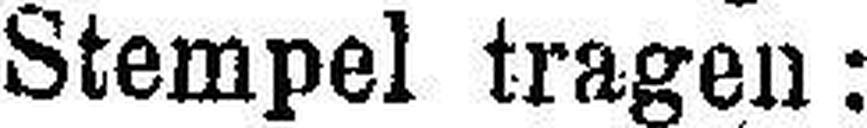
Stempel tragen: